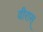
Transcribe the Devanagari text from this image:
वीरास्